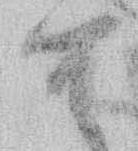
て